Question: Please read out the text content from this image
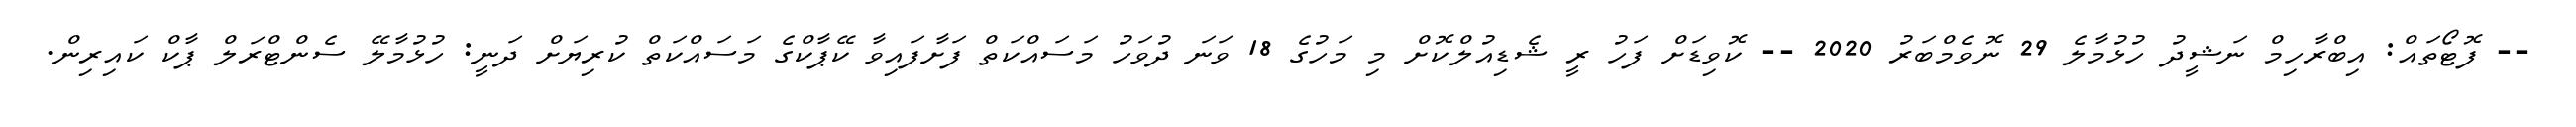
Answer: -- ފޮޓޯތައް: އިބްރާހިމް ނަޝީދު ހުޅުމާލެ 29 ނޮވެމްބަރު 2020 -- ކޮވިޑަށް ފަހު ރީ ޝެޑިއުލްކޮށް މި މަހުގެ 18 ވަނަ ދުވަހު މަސައްކަތް ފަށާފައިވާ ކޭޕާކްގެ މަސައްކަތް ކުރިޔަށް ދަނީ: ހުޅުމާލޭ ސެންޓްރަލް ޕާކް ކައިރިން.